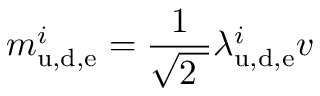
m _ { \mathrm { u , d , e } } ^ { i } = { \frac { 1 } { \sqrt { 2 \ } } } \lambda _ { \mathrm { u , d , e } } ^ { i } v